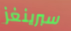
سبرينغز